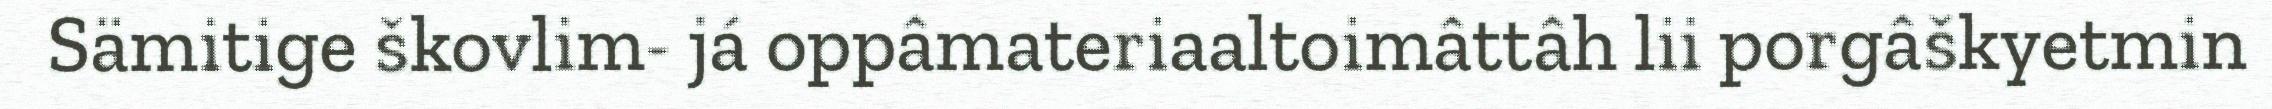
Sämitige škovlim- já oppâmateriaaltoimâttâh lii porgâškyetmin